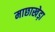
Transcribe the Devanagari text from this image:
माछाखेड़ा